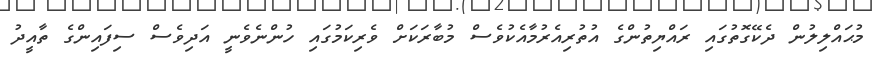
މުޙައްލިލުން ދެކޭގޮތުގައި ރައްޔިތުންގެ އުތުރިއެރުމާއެކުވެސް މުބާރަކަށް ވެރިކަމުގައި ހުންނެވެނީ އަދިވެސް ސިފައިންގެ ތާއީދު